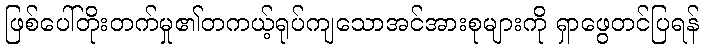
ဖြစ်ပေါ်တိုးတက်မှု၏တကယ့်ရုပ်ကျသောအင်အားစုများကို ရှာဖွေတင်ပြရန်